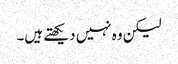
لیکن وہ نہیں دیکھتے ہیں۔